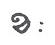
ខៈ